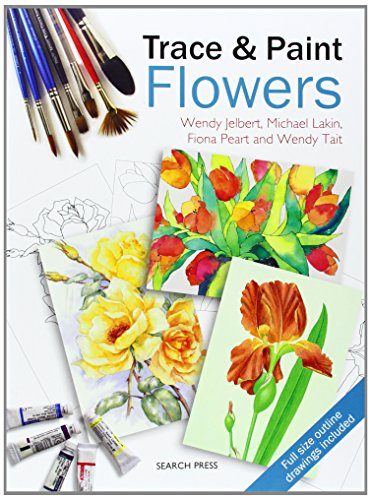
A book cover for Trace & Paint Flowers; Wendy Jelbert; Arts & Photography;